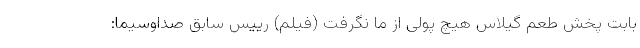
بابت پخش طعم گیلاس هیچ پولی از ما نگرفت (فیلم) رییس سابق صداوسیما: